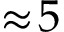
\approx \! 5